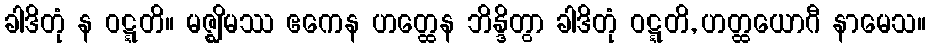
ခါဒိတုံ န ဝဋ္ဋတိ။ မဇ္ဈိမဿ ဧကေန ဟတ္ထေန ဘိန္ဒိတွာ ခါဒိတုံ ဝဋ္ဋတိ, ဟတ္ထယောဂီ နာမေသ။